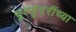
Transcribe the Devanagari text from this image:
सुरसुंदरींच्या